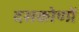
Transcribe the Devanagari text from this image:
दसकोणों